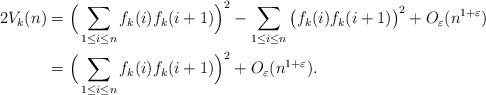
LaTeX: \begin{align*}2V_k(n)&=\Big(\sum_{1\leq i \leq n}f_k(i)f_k(i+1)\Big)^2-\sum_{1\leq i \leq n}\big(f_k(i)f_k(i+1)\big)^2+O_\varepsilon(n^{1+\varepsilon})\\&=\Big(\sum_{1\leq i \leq n}f_k(i)f_k(i+1)\Big)^2+O_\varepsilon(n^{1+\varepsilon}). \end{align*}